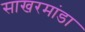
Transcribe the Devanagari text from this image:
साखरमांडा